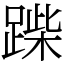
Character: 䠕